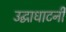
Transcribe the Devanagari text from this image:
उद्घाधाटनी